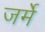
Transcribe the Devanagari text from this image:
जर्मे